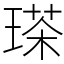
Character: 𤨓